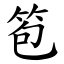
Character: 笣